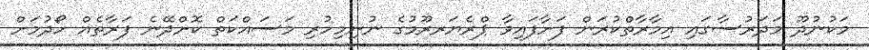
މަކުނުދޫ މަދަރުސާގައި އިމާރާތްކުރަން ފަށާފައިވާ ޕްރެޔަރރޫމުގެ ނުނިމިހުރި މަސައްކަތް ކޮށްދޭނެ ފަރާތެއް ހޯދުމަށް